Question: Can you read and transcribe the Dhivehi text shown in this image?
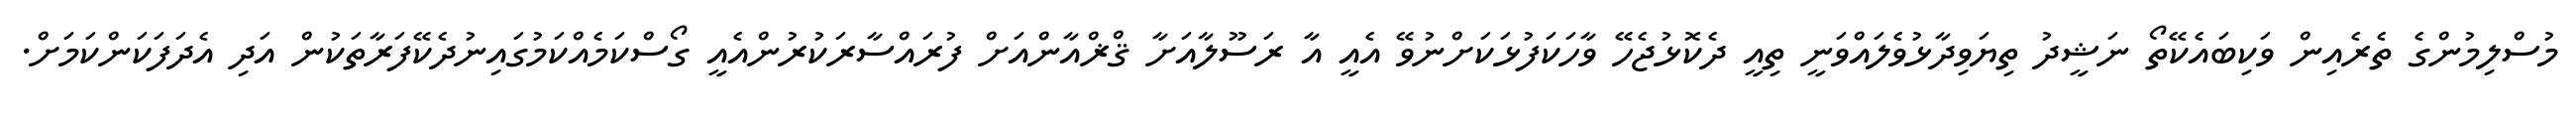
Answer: މުސްލިމުންގެ ތެރެއިން ވަކިބައެކޭތޯ ނަޝީދު ތިޔަވިދާޅުވެލައްވަނީ ތިއީ ދެކޮޅުޖެހޭ ވާހަކަފުޅަކަށްނުވޭ އެއީ އާ ރަސޫލާއަށާ ޤްޜްއާންއަށް ފުރައްސާރަކުރުންއެއީ ގޯސްކަމެއްކަމުގައިނުދެކޭފަރާތަކުން އަދި އެދަފަކަންކަމަށް.